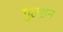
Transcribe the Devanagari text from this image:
गुल्शन